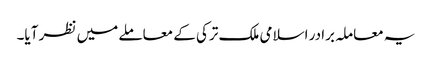
یہ معاملہ برادر اسلامی ملک ترکی کے معاملے میں نظر آیا۔